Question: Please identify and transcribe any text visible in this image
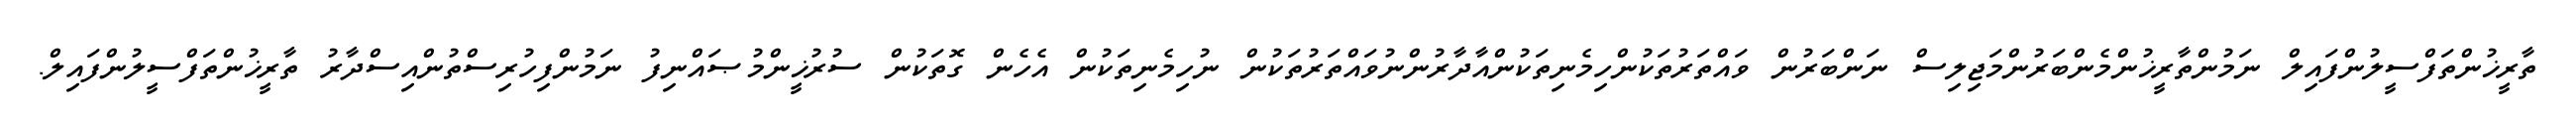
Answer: ތާރީޚުންތަފްސީލުންފައިލް ނަމުންތާރީޚުންމެންބަރުންމަޖިލިސް ނަންބަރުން ވައްތަރުތަކުންހިމެނިތަކުންއާދާރުންނުވައްތަރުތަކުން ނުހިމެނިތަކުން އެހެން ގޮތަކުން ސުރުޚީންމުޞައްނިފު ނަމުންފިހުރިސްތުންއިސްދާރު ތާރީޚުންތަފްސީލުންފައިލް.